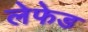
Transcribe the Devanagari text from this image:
लेफेड